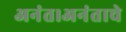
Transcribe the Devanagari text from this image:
अनंत।अनंताचे